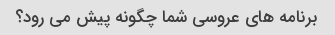
برنامه های عروسی شما چگونه پیش می رود؟